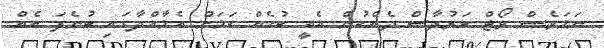
ނަމަވެސް ވޯޓް ކަރުދާސް ދެއްކުން އެއީ ކުށެއް ކަމަށް އެމާއްދާގައި ބުނެފަ އެއް